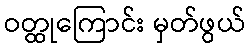
ဝတ္ထုကြောင်း မှတ်ဖွယ်